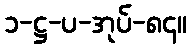
၁-ဋ္ဌ-ပ-အုပ်-၈၄။